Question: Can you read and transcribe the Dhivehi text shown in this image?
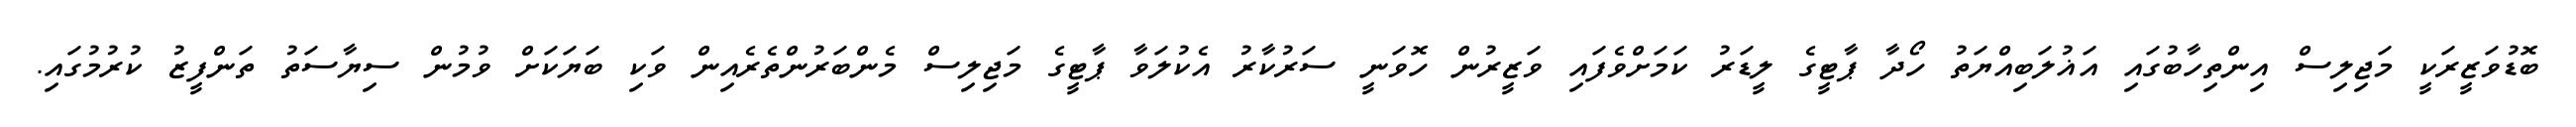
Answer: ބޮޑުވަޒީރަކީ މަޖިލިސް އިންތިހާބުގައި އަޣުލަބިއްޔަތު ހޯދާ ޕާޓީގެ ލީޑަރު ކަމަށްވެފައި ވަޒީރުން ހޮވަނީ ސަރުކާރު އެކުލަވާ ޕާޓީގެ މަޖިލިސް މެންބަރުންތެރެއިން ވަކި ބަޔަކަށް ވުމުން ސިޔާސަތު ތަންފީޒު ކުރުމުގައި.